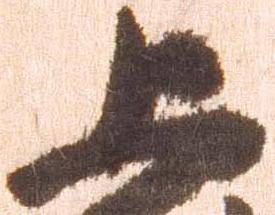
上